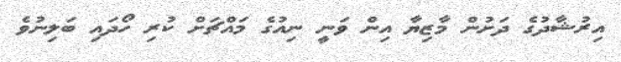
އިރުޝާދުގެ ދަށުން މާޒިޔާ އިން ވަނީ ނިއުގެ މައްޗަށް ކުރި ހޯދައި ބަލިނުވެ